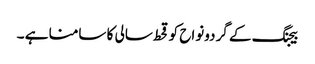
بیجنگ کے گردونواح کو قحط سالی کا سامنا ہے ۔